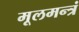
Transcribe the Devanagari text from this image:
मूलमन्त्रं